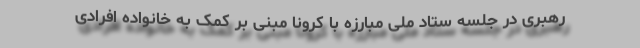
رهبری در جلسه ستاد ملی مبارزه با کرونا مبنی بر کمک به خانواده افرادی